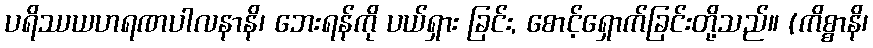
ပရိဿယဟရဏပါလနာနိ၊ ဘေးရန်ကို ပယ်ရှား ခြင်း, စောင့်ရှောက်ခြင်းတို့သည်။ (ကိစ္စာနိ၊